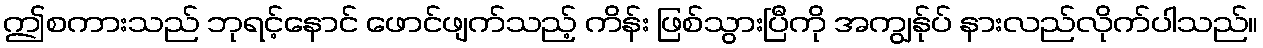
ဤစကားသည် ဘုရင့်နောင် ဖောင်ဖျက်သည့် ကိန်း ဖြစ်သွားပြီကို အကျွန်ုပ် နားလည်လိုက်ပါသည်။